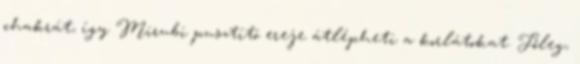
chakrát, így Mirubi pusztító ereje átlépheti a korlátokat. Főleg,